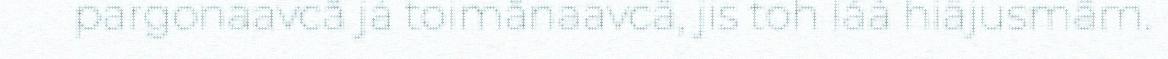
pargonaavcâ já toimânaavcâ, jis toh láá hiäjusmâm.